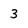
Character: 3